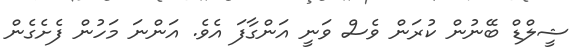
ޝީލްޑް ބޭނުން ކުރަން ވެސް ވަނީ އަންގާފަ އެވެ. އަންނަ މަހުން ފެށެގެން